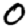
Digit: 0